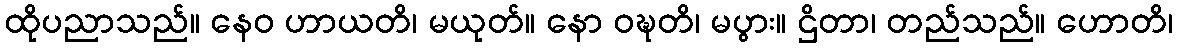
ထိုပညာသည်။ နေဝ ဟာယတိ၊ မယုတ်။ နော ဝဍ္ဎတိ၊ မပွား။ ဌိတာ၊ တည်သည်။ ဟောတိ၊